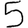
Digit: 5